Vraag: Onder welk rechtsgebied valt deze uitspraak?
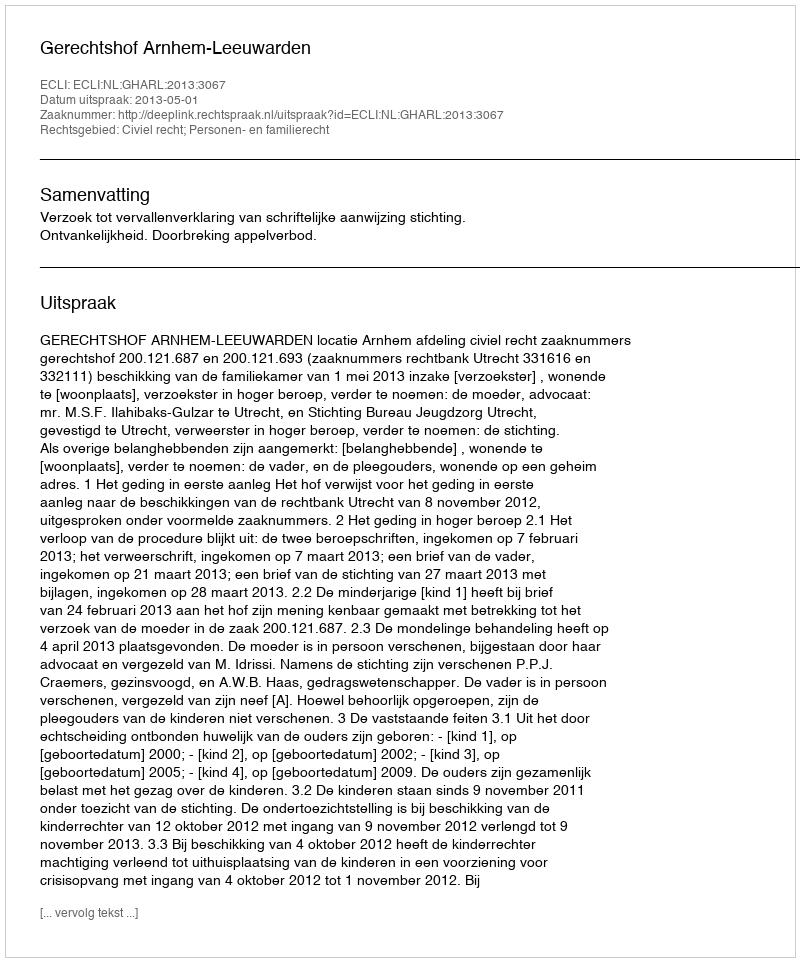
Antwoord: Civiel recht; Personen- en familierecht